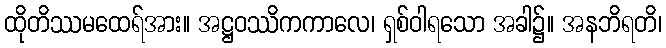
ထိုတိဿမထေရ်အား။ အဋ္ဌဝဿိကကာလေ၊ ရှစ်ဝါရသော အခါ၌။ အနဘိရတိ၊